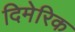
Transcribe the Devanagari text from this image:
दिमेरिक